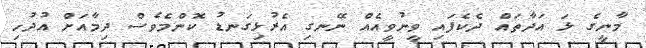
މާނީގެ ޅަ އަދާތައް ދެެކެފައި ވީނުވީއެއް ނޭނގި އެރުޅިގަނޑު ކޮންމެވެސް ދިމާއަށް އުދުހި